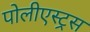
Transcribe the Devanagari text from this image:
पोलीएस्ट्रस